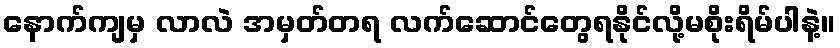
နောက်ကျမှ လာလဲ အမှတ်တရ လက်ဆောင်တွေရနိုင်လို့မစိုးရိမ်ပါနဲ့။